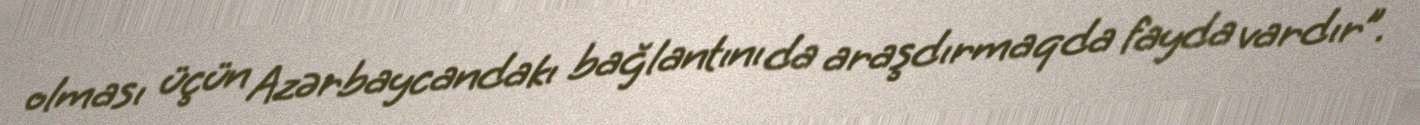
olması üçün Azərbaycandakı bağlantını da araşdırmaqda fayda vardır”.